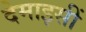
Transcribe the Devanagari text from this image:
देमाइसीं